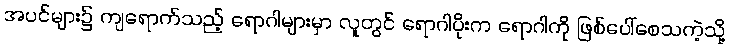
အပင်များ၌ ကျရောက်သည့် ရောဂါများမှာ လူတွင် ရောဂါပိုးက ရောဂါကို ဖြစ်ပေါ်စေသကဲ့သို့